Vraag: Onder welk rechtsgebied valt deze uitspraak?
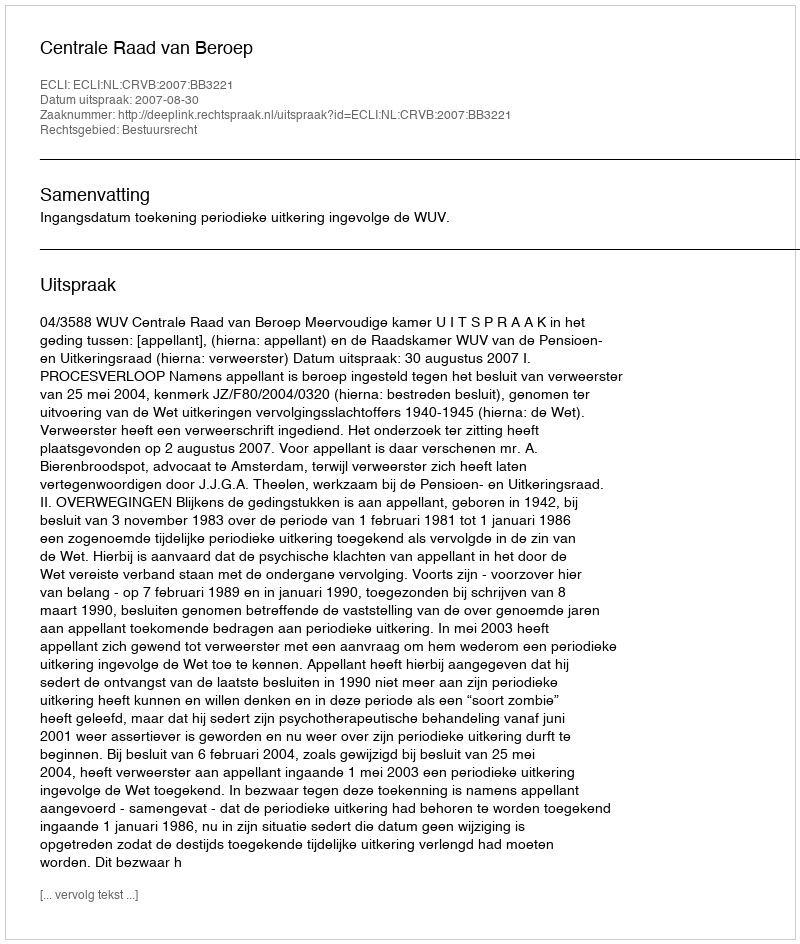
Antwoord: Bestuursrecht